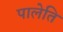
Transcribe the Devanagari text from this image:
पालेति